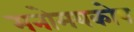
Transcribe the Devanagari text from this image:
मनोमयकोष